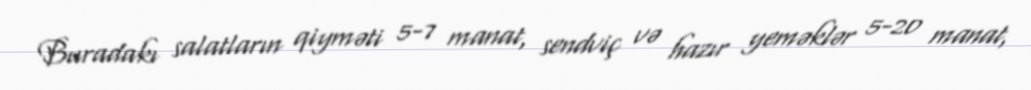
Buradakı salatların qiyməti 5-7 manat, sendviç və hazır yeməklər 5-20 manat,